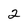
Character: 2